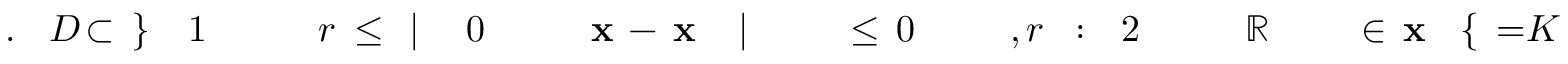
K \! \! \! \! \! \! \! \! \! \! \! \! = \! \! \! \! \! \! \! \! \! \! \! \! \{ \! \! \! \! \! \! \! \! \! \! \! \! \mathbf { x } \! \! \! \! \! \! \! \! \! \! \! \! \in \! \! \! \! \! \! \! \! \! \! \! \! \ensuremath { \! \! \! \! \! \! \! \! \! \! \! \! \mathbb { R } } \! \! \! \! \! \! \! \! \! \! \! \! ^ { \! } \! \! \! \! \! \! \! \! \! \! \! 2 \! \! \! \! \! \! \! \! \! \! \! \! : \! \! \! \! \! \! \! \! \! \! \! \! , r \! \! \! \! \! \! \! \! \! \! \! \! _ { \! } \! \! \! \! \! \! \! \! \! \! \! 0 \! \! \! \! \! \! \! \! \! \! \! \! \leq \! \! \! \! \! \! \! \! \! \! \! \! \! \! \! \! \! \! \! \! \! \! \! \! | \! \! \! \! \! \! \! \! \! \! \! \! \mathbf { x } \! \! \! \! \! \! \! \! \! \! \! \! - \! \! \! \! \! \! \! \! \! \! \! \! \mathbf { x } \! \! \! \! \! \! \! \! \! \! \! \! _ { \! } \! \! \! \! \! \! \! \! \! \! \! 0 \! \! \! \! \! \! \! \! \! \! \! \! | \! \! \! \! \! \! \! \! \! \! \! \! \leq \! \! \! \! \! \! \! \! \! \! \! \! r \! \! \! \! \! \! \! \! \! \! \! \! _ { \! } \! \! \! \! \! \! \! \! \! \! \! 1 \! \! \! \! \! \! \! \! \! \! \! \! \} \! \! \! \! \! \! \! \! \! \! \! \! \subset \! \! \! \! \! \! \! \! \! \! \! \! D \! \! \! \! \! \! \! \! \! \! \! \! . \! \! \! \! \! \! \! \! \! \! \!